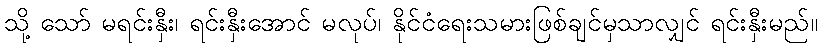
သို့ သော် မရင်းနှီး၊ ရင်းနှီးအောင် မလုပ်၊ နိုင်ငံရေးသမားဖြစ်ချင်မှသာလျှင် ရင်းနှီးမည်။